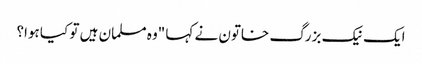
ایک نیک بزرگ خاتون نے کہا "وہ مسلمان ہیں تو کیا ہوا؟